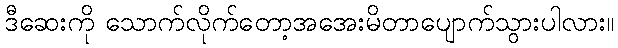
ဒီဆေးကို သောက်လိုက်တော့အအေးမိတာပျောက်သွားပါလား။